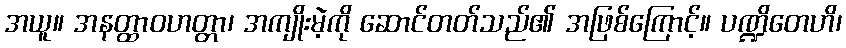
အယူ။ အနတ္ထာဝဟတ္တာ၊ အကျိုးမဲ့ကို ဆောင်တတ်သည်၏ အဖြစ်ကြောင့်။ ပဏ္ဍိတေဟိ၊